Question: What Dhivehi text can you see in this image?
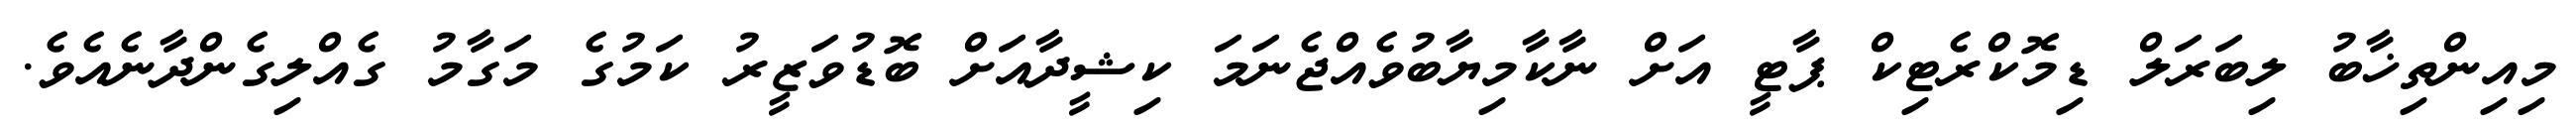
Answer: މިއިންތިޚާބު ލިބަރަލް ޑިމޮކްރެޓިކް ޕާޓީ އަށް ނާކާމިޔާބުވެއްޖެނަމަ ކިޝީދާއަށް ބޮޑުވަޒީރު ކަމުގެ މަގާމު ގެއްލިގެންދާނެއެވެ.